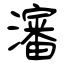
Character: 瀋